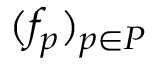
( f _ { p } ) _ { p \in P }